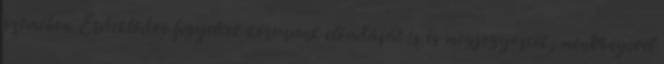
szemében. Érdeklődve figyelték kórusunk előadását is és megjegyezték, men�nyivel